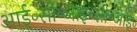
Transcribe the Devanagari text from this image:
आई॰सी॰आई॰सी॰आई॰